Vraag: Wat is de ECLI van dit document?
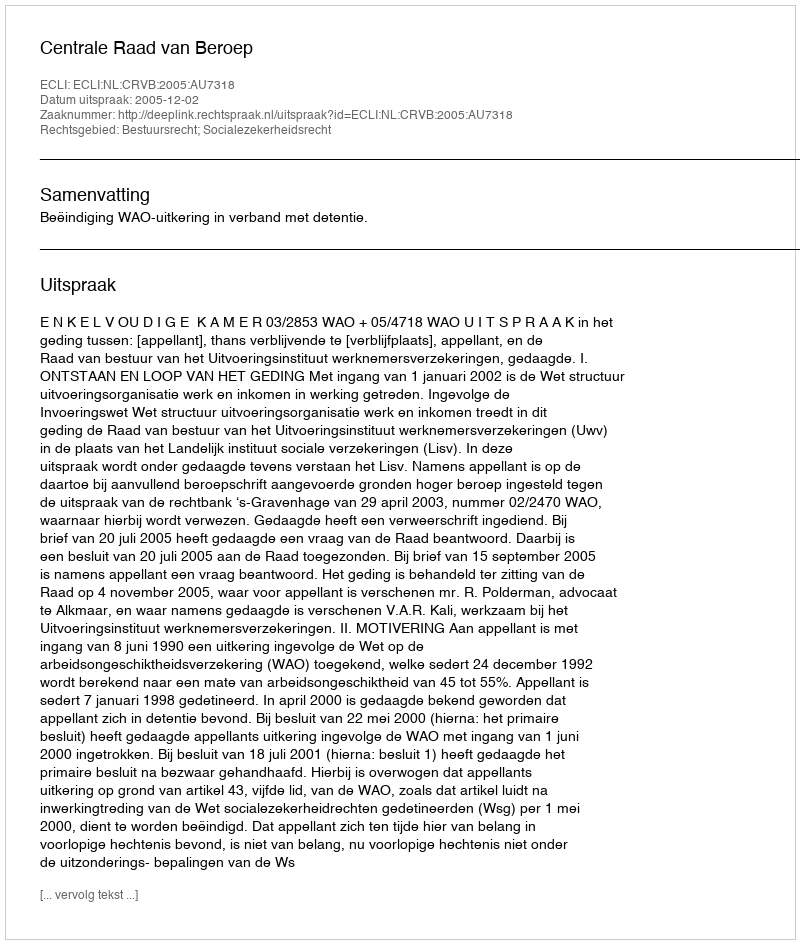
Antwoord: ECLI:NL:CRVB:2005:AU7318